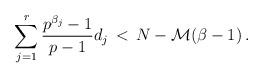
LaTeX: \begin{align*} \sum_{j=1}^r \frac{p^{\beta_j}-1}{p-1} d_j\,<\, N - \mathcal{M}(\beta-1)\,.\end{align*}